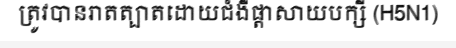
ត្រូវបានរាតត្បាតដោយជំងឺផ្តាសាយបក្សី (H5N1)